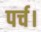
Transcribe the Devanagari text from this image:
पर्च।